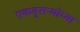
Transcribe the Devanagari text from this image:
एकदुसऱ्यांच्या